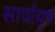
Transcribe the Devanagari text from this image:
सार्वायुष